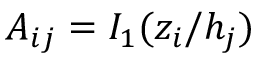
A _ { i j } = I _ { 1 } ( z _ { i } / h _ { j } )